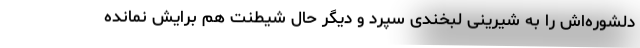
دلشوره‌اش را به شیرینی لبخندی سپرد و دیگر حال شیطنت هم برایش نمانده